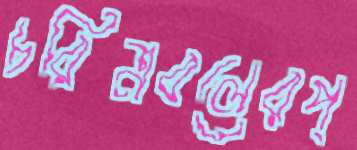
চরিত্রবলেরপ্